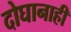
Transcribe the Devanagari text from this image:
दोघानाही